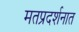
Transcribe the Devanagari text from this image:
मतप्रदर्शनात